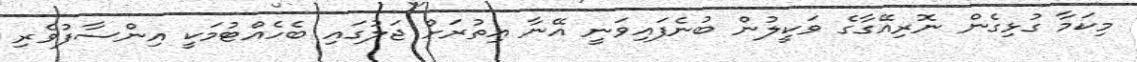
މިކަމާ ގުޅިގެން ނޮރިއޭގާގެ ވަކީލުން ބުނެފައިވަނީ އޭނާ އިތުރަށް ޖަލުގައި ބެހެއްޓުމަކީ އިންސާފުވެރި